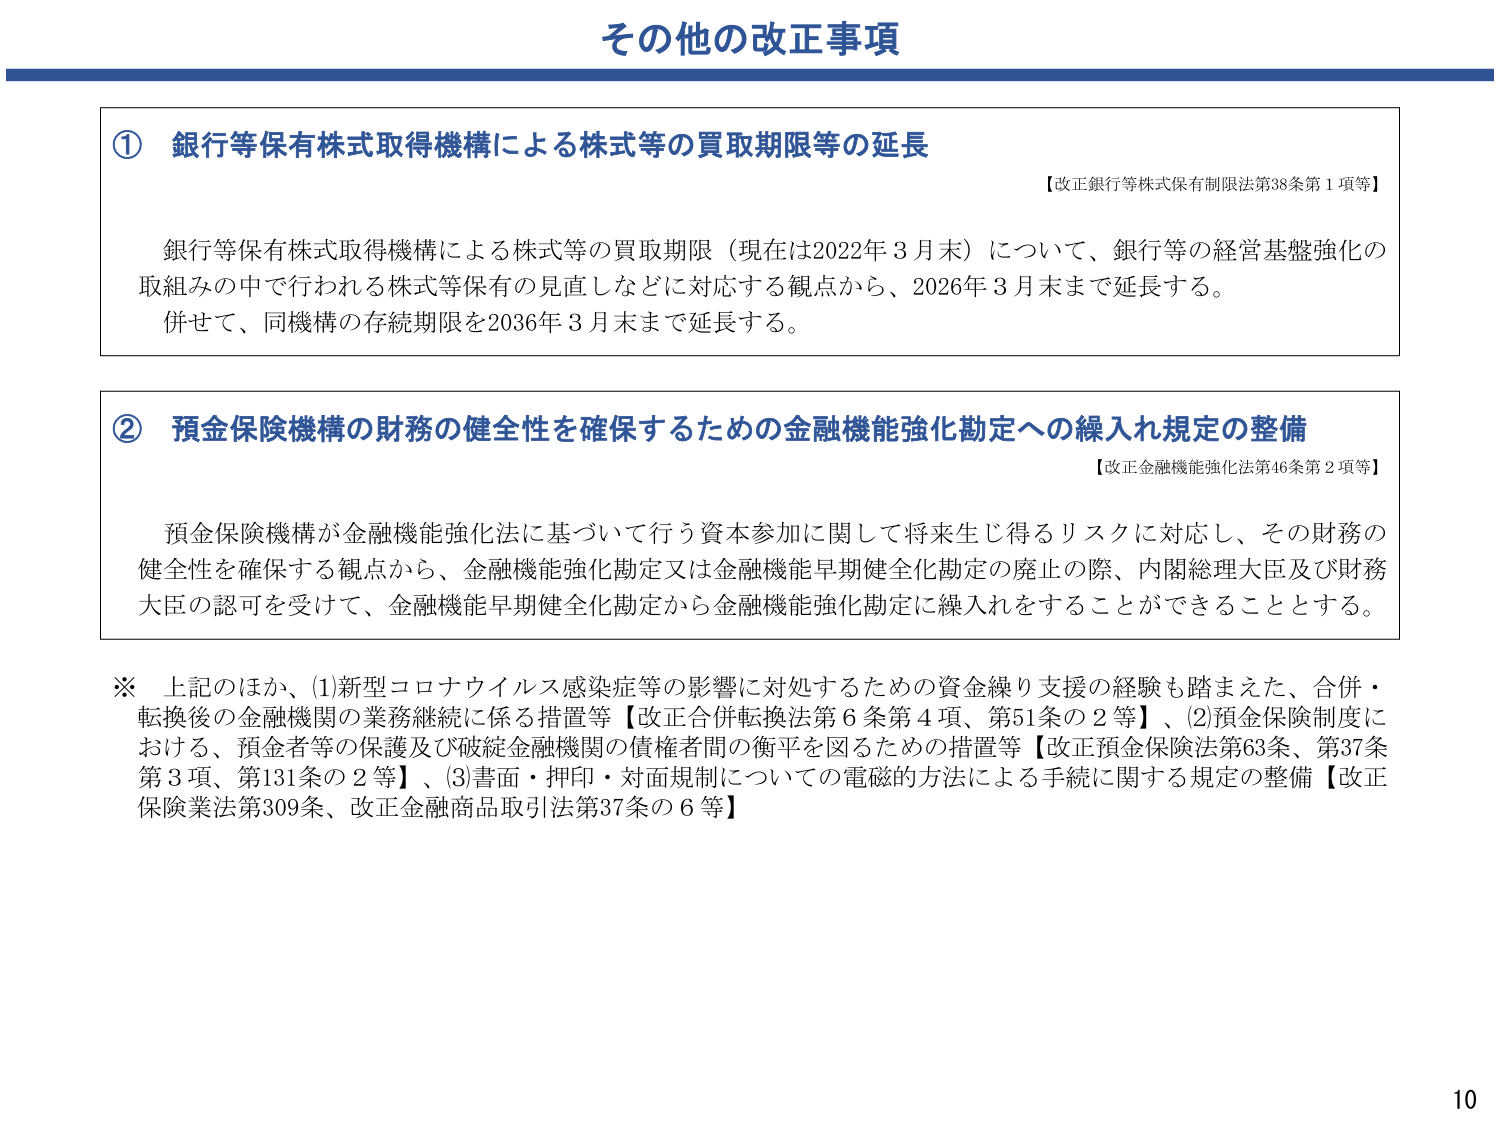
その他の改正事項

① 銀行等保有株式取得機構による株式等の買取期限等の延長
【改正銀行等株式保有制限法第38条第1項等】

銀行等保有株式取得機構による株式等の買取期限（現在は2022年3月末）について、銀行等の経営基盤強化の取組みの中で行われる株式等保有の見直しなどに対応する観点から、2026年3月末まで延長する。
併せて、同機構の存続期限を2036年3月末まで延長する。

② 預金保険機構の財務の健全性を確保するための金融機能強化勘定への繰入れ規定の整備
【改正金融機能強化法第46条第2項等】

預金保険機構が金融機能強化法に基づいて行う資本参加に関して将来生じ得るリスクに対応し、その財務の健全性を確保する観点から、金融機能強化勘定又は金融機能早期健全化勘定の廃止の際、内閣総理大臣及び財務大臣の認可を受けて、金融機能早期健全化勘定から金融機能強化勘定に繰入れをすることができることとする。

※ 上記のほか、(1)新型コロナウイルス感染症等の影響に対処するための資金繰り支援の経験も踏まえた、合併・転換後の金融機関の業務継続に係る措置等【改正合併転換法第6条第4項、第51条の2等】、(2)預金保険制度における、預金者等の保護及び破綻金融機関の債権者間の衡平を図るための措置等【改正預金保険法第63条、第37条第3項、第131条の2等】、(3)書面・押印・対面規制についての電磁的方法による手続に関する規定の整備【改正保険業法第309条、改正金融商品取引法第37条の6等】

10